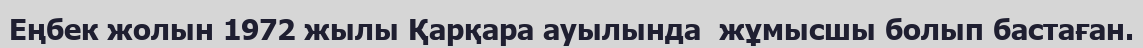
Еңбек жолын 1972 жылы Қарқара ауылында  жұмысшы болып бастаған.